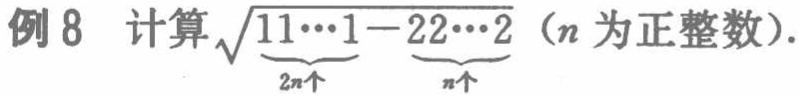
例 8 计算$\sqrt{\underbrace{11\cdots1}_{2n个}-\underbrace{22\cdots2}_{n个}}$（$n$为正整数）.